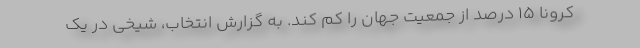
کرونا ۱۵ درصد از جمعیت جهان را کم کند. به گزارش انتخاب، شیخی در یک